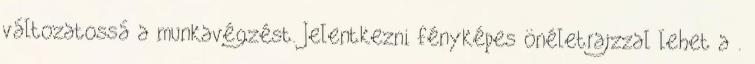
változatossá a munkavégzést. Jelentkezni fényképes önéletrajzzal lehet a .